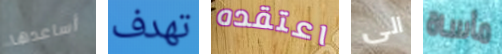
أساعدها تهدف اعتقده الى مأساة